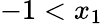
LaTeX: -1<x_{1}